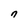
Character: n